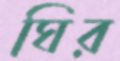
ঘির